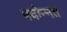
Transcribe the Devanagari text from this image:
पदोन्‍नत